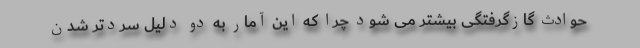
حوادث گازگرفتگی بیشتر می شود چرا که این آمار به دو دلیل سردتر شدن